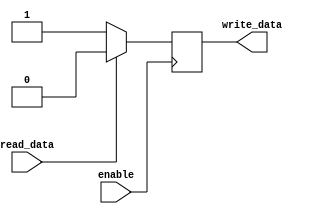
module bidirectional_buffer (
    input wire enable,
    input wire read_data,
    output reg write_data
);

    always @ (posedge enable) begin
        if (read_data) begin
            write_data <= 1'b0; // read data from input port
        end else begin
            write_data <= 1'b1; // write data to output port
        end
    end

endmodule